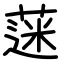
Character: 蒾